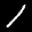
Label: 1